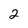
Character: 2